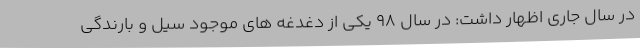
در سال جاری اظهار داشت: در سال ۹۸ یکی از دغدغه های موجود سیل و بارندگی